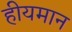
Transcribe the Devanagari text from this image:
हीयमान